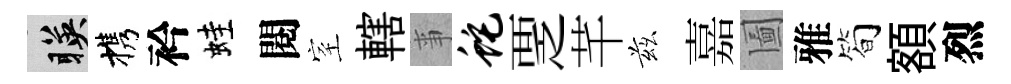
暎携衿蛙閱室轄亊蛇覂芊兹嘉圗雅简額烈